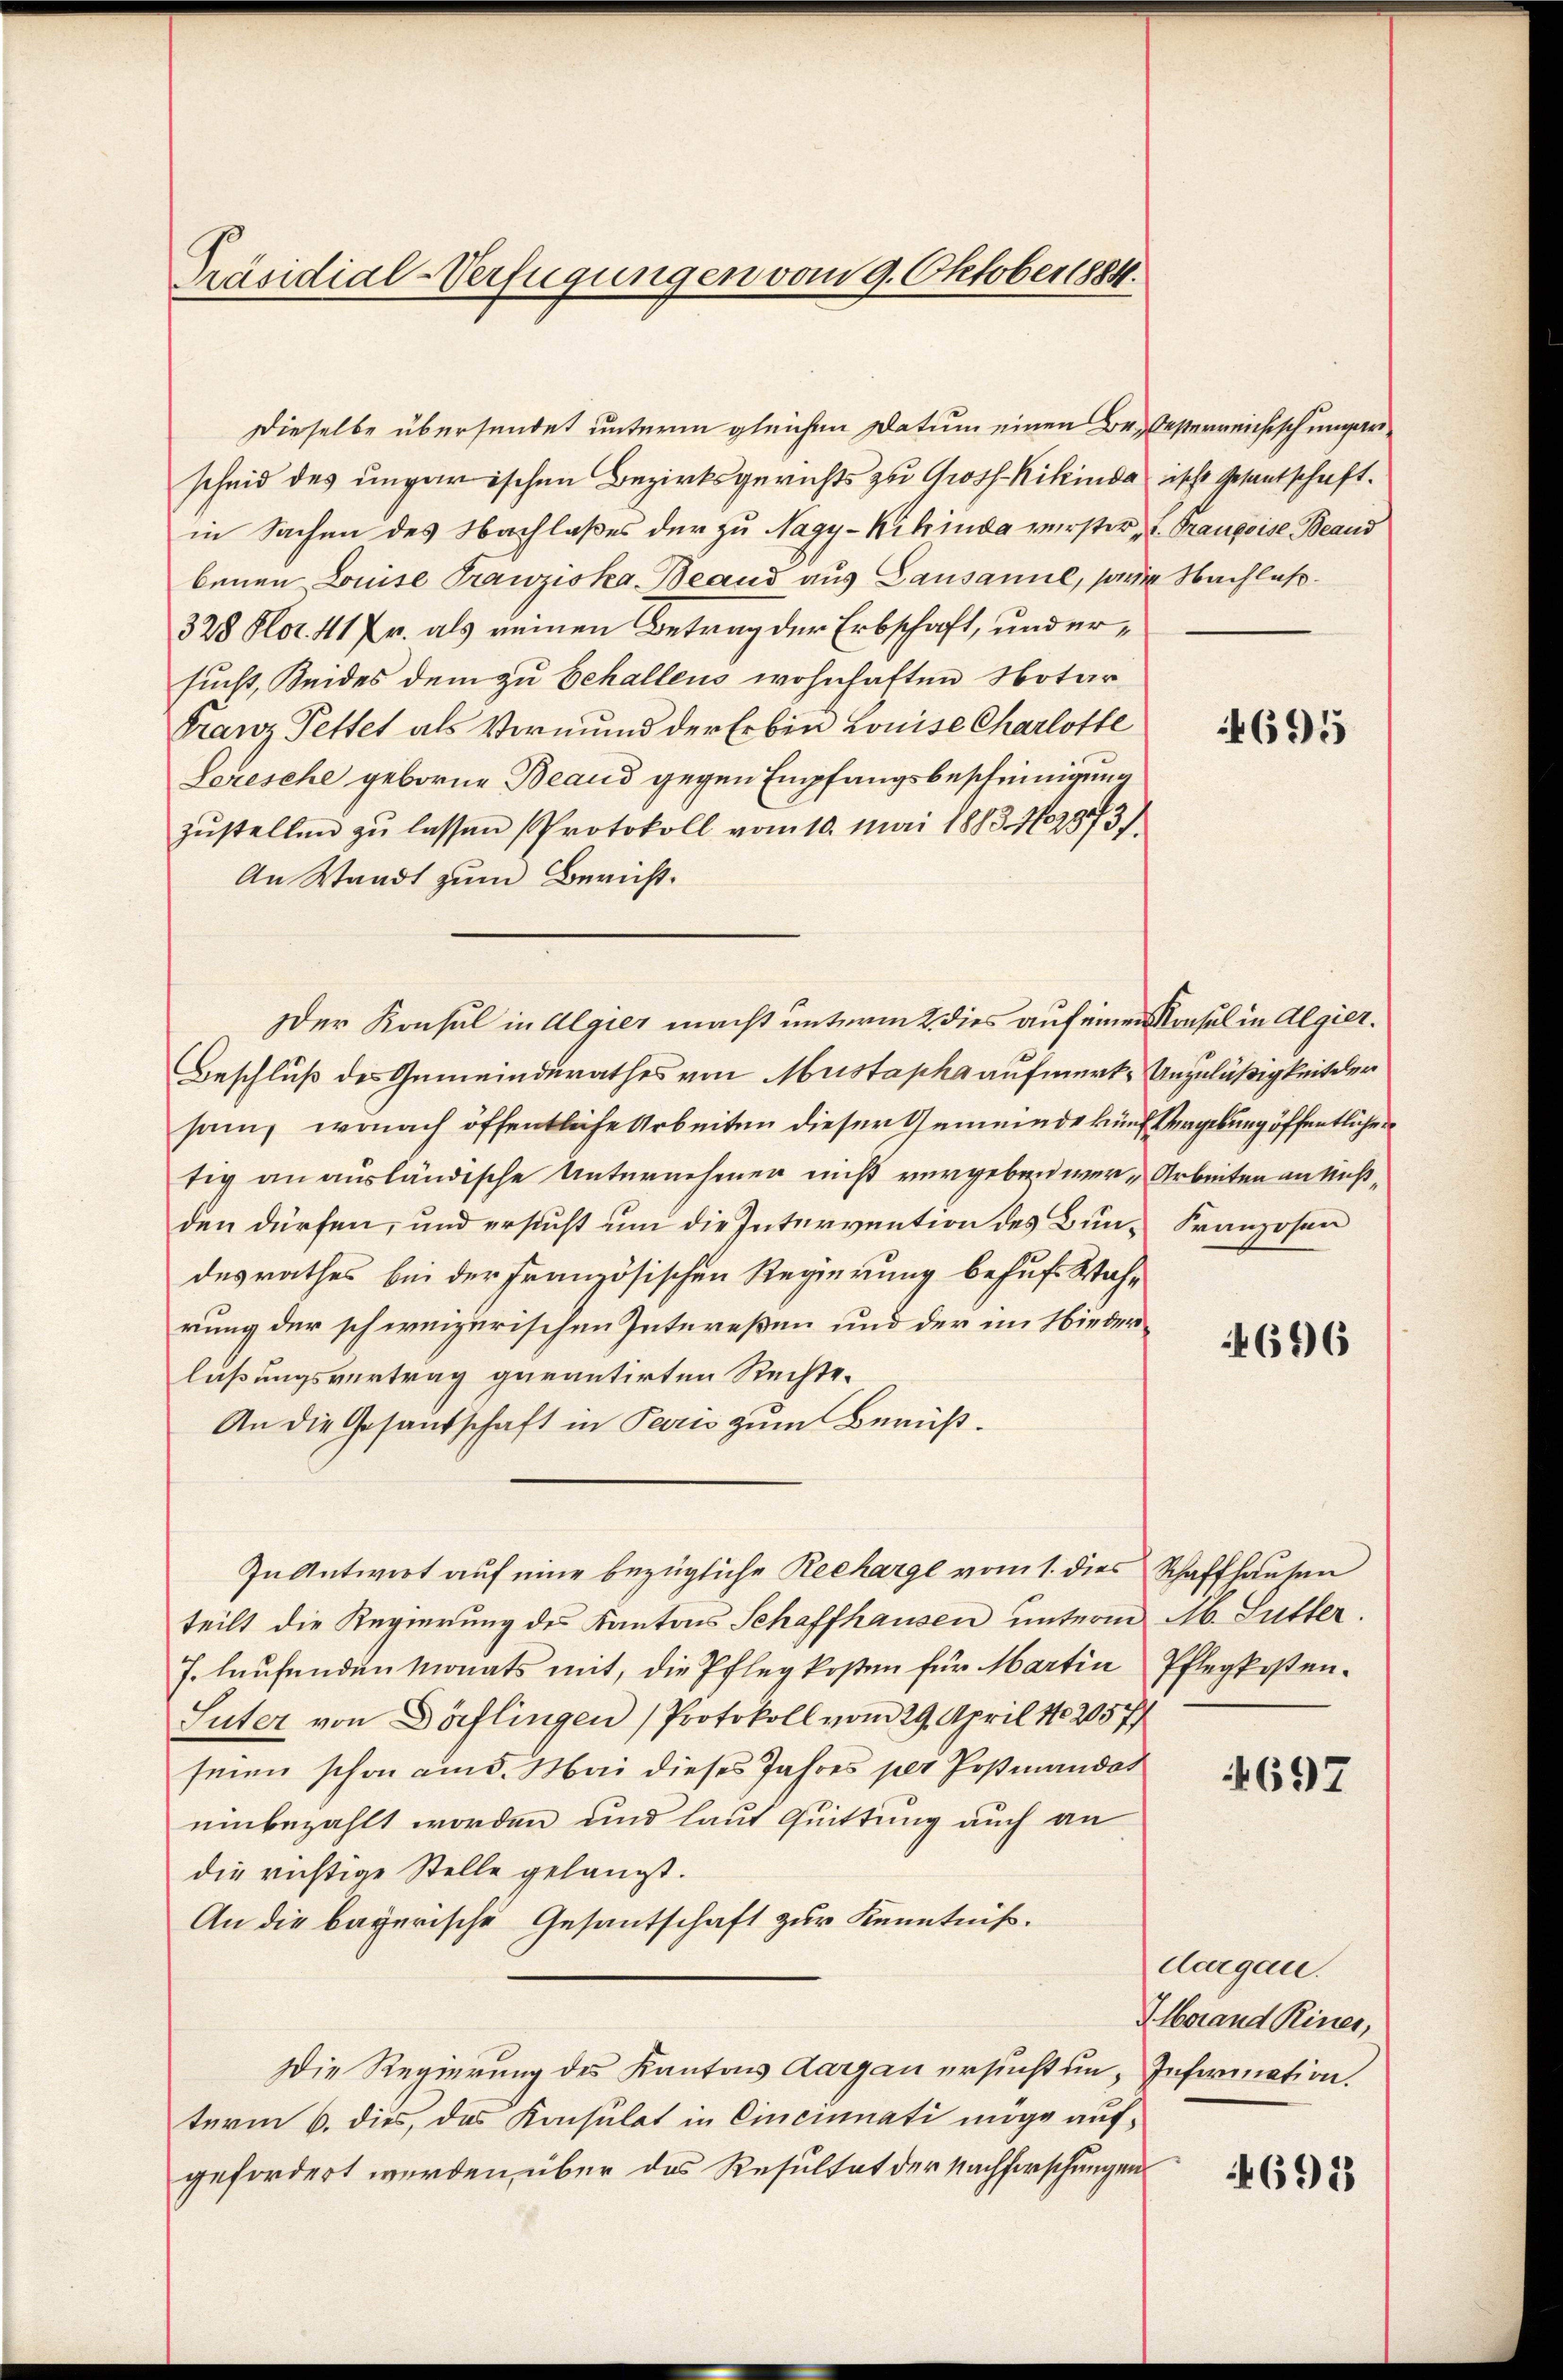
Präsidial-Verfügungen vom 9. Oktober 1884.

Dieselbe übersendet unterm gleichen Datum einen Be- besterreichisch ungarischeid des ungarischen Bezirksgerichts zu Gross-Kikindaische Gesantschaft.
in Sachen des Nachlaßes der zu Nagy-Kikinde verster L. Traupeise Beaud
benen Luise Franziska, Beand aus Lausamel, sonder Nachlaß¬
328 Hlor. 41 fr. als reinen Betrag der Erbschaft, und ersucht, Seides dem zu behallens wohnhaften Notar
Franz Pettet als Vormund der Erben Louise Charlotte
Leresehe geborne Beaud gegen Empfangsbescheinigung
zŭstellen zŭ lassen Protokoll vom 10. Mai 1883. 102373)
An Waadt zum Bericht.
Beschluß des Gemeinderathes von Mustapha aufmerk- Unzuläßigkeit der
sam, wonach öffentliche Arbeiten dieser Gemeinde künf Vergebung öffentlicher
tig an ausländische Unternehmen nicht vergeben wer-Arbeiten an Nußden dürfen, und ersucht um die Intervention des Bun-Franzosen
desrathes bei der Französischen Regierung behuf Wah-
rung der schweizerischen Intereßen und der im Niederlaßungsvertrag garantirten Rechte.
An die Gesandschaft in Paris zum Berüß¬
In Antwort auf eine bezügliche Recharge vom 1. dies Schaffhausen
teilt die Regierung des Kantons Schaffhausen unterm M. Sutter.
J. laufenden Monats mit, die Pflegkosten für Martin Pflegkosten.
Suter von Dörflingen (Protokoll vom 29. April 182057
senen schon ains. Mai dieses Jahres per Postmandat
einbezahlt worden und laut Quittung auch an
die richtige Stelle gelangt.
An die bayerische Gesantschaft zur Kenntniß.
Die Regierung des Kantons Aargau ersucht un, Information.
term 6. dies, das Konsulat in Cincinati möge aufgefordert werden über das Resultat der Nachforschungen

der Konsul in Algier macht unterm 2. dies auf einen Konsul in Algier.

4695

4696

4697

Aargau.
Iorand Riner,

4695